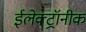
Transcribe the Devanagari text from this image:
ईलेक्ट्रॉनीक